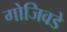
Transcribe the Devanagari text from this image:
गोजिवडे